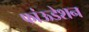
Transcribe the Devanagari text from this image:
फांऊडेशन